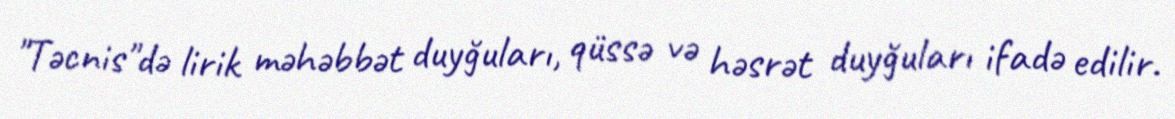
"Təcnis"də lirik məhəbbət duyğuları, qüssə və həsrət duyğuları ifadə edilir.